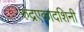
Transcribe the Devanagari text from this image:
रुद्रएकादशिनी